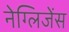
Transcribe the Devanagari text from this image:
नेग्लिजेंस